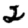
Digit: 2